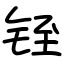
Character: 铚